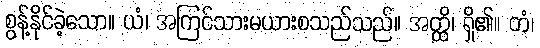
စွန့်နိုင်ခဲ့သော။ ယံ၊ အကြင်သားမယားစသည်သည်။ အတ္ထိ၊ ရှိ၏။ တံ၊